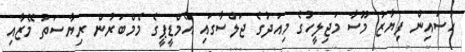
ހުސައިން ފިޔާޒު މޫސާ މަޖިލީހުގެ މިއަދުގެ ޖަލްސާގައި އެމްޑީޕީގެ މެމްބަރުން ރިޔާސަތު މޭޒާއި